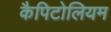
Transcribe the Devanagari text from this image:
कैपिटोलियम